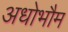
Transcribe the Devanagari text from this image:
अधोभौम